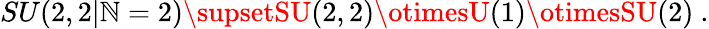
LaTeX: SU(2,2|\mathbb{N}=2)\supsetSU(2,2)\otimesU(1)\otimesSU(2)\ .